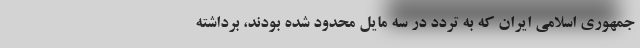
جمهوری اسلامی ایران که به تردد در سه مایل محدود شده بودند، برداشته